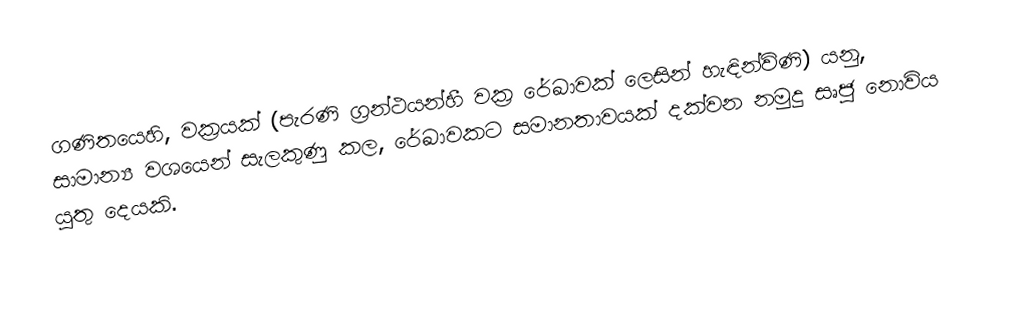
ගණිතයෙහි, වක්‍රයක් (පැරණි ග්‍රන්ථයන්හී වක්‍ර රේඛාවක් ලෙසින් හැඳින්විණි) යනු, සාමාන්‍ය වශයෙන් සැලකුණු කල, රේඛාවකට සමානතාවයක් දක්වන නමුදු  සෘජු නොවිය යුතු දෙයකි.